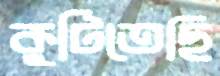
কুটিতেছি